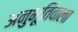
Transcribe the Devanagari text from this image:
अनुभूतिवाला